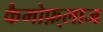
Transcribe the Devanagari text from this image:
कैमोफ़्लाज